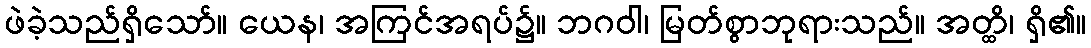
ဖဲခဲ့သည်ရှိသော်။ ယေန၊ အကြင်အရပ်၌။ ဘဂဝါ၊ မြတ်စွာဘုရားသည်။ အတ္ထိ၊ ရှိ၏။